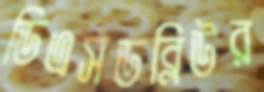
ডিএসডব্লিউর